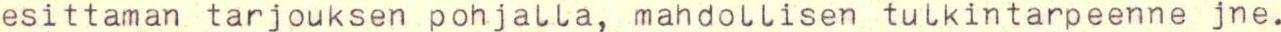
esittaman tarjouksen pohjalla, mahdollisen tulkintarpeenne jne.